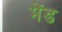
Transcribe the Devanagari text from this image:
मेंड